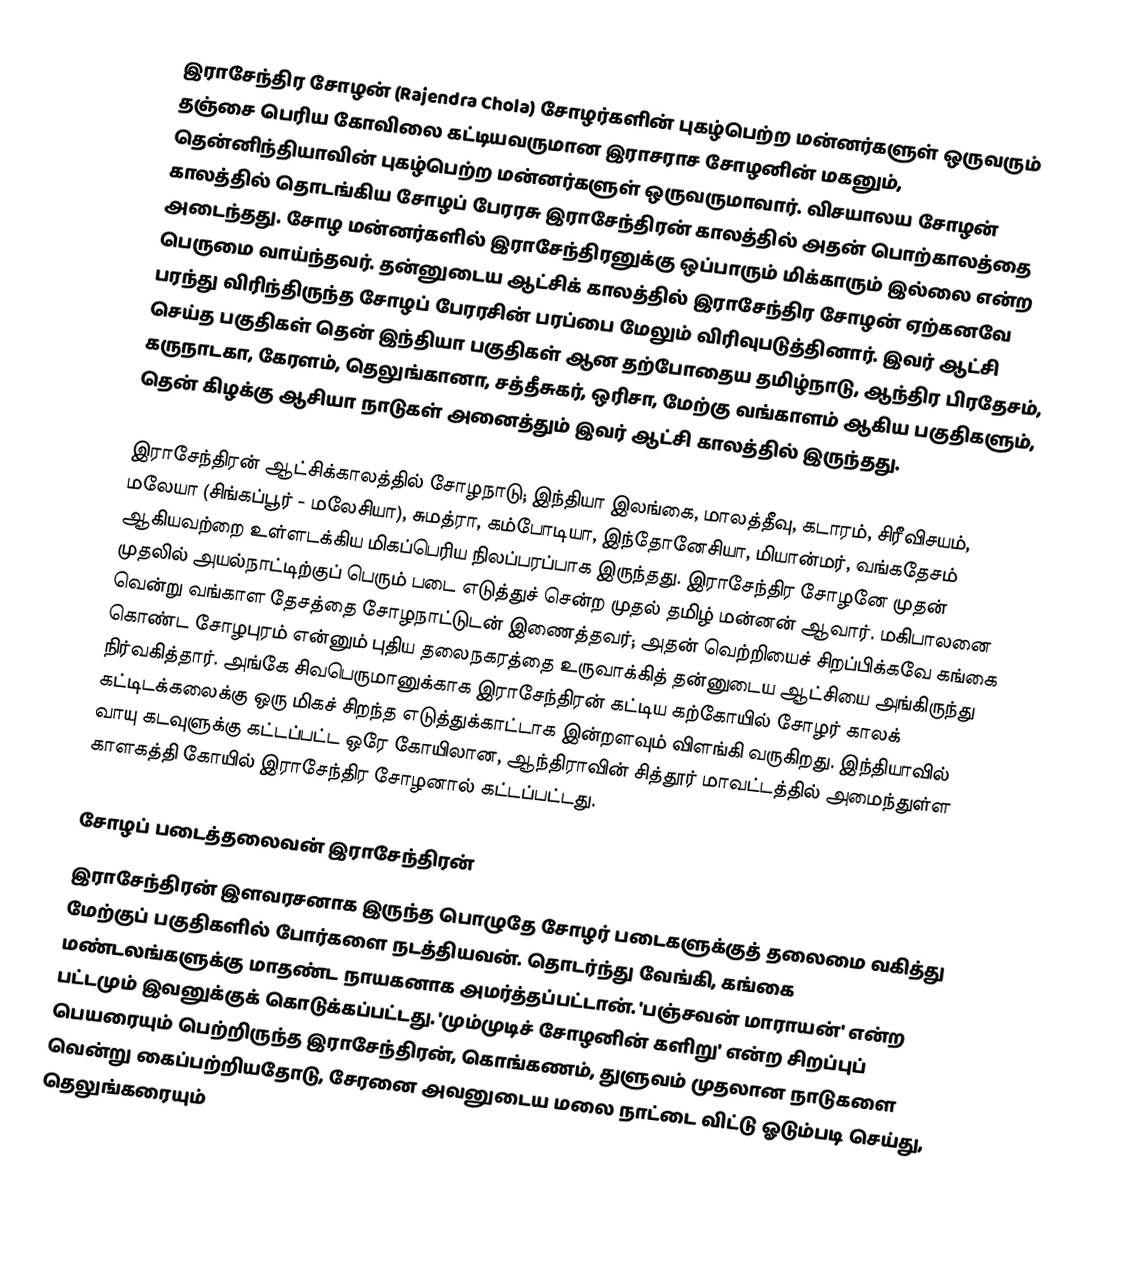
இராசேந்திர சோழன் (Rajendra Chola) சோழர்களின் புகழ்பெற்ற மன்னர்களுள் ஒருவரும் தஞ்சை பெரிய கோவிலை கட்டியவருமான இராசராச சோழனின் மகனும், தென்னிந்தியாவின் புகழ்பெற்ற மன்னர்களுள் ஒருவருமாவார். விசயாலய சோழன் காலத்தில் தொடங்கிய சோழப் பேரரசு இராசேந்திரன் காலத்தில் அதன் பொற்காலத்தை அடைந்தது. சோழ மன்னர்களில் இராசேந்திரனுக்கு ஒப்பாரும் மிக்காரும் இல்லை என்ற பெருமை வாய்ந்தவர். தன்னுடைய ஆட்சிக் காலத்தில் இராசேந்திர  சோழன் ஏற்கனவே பரந்து விரிந்திருந்த சோழப் பேரரசின் பரப்பை மேலும் விரிவுபடுத்தினார். இவர் ஆட்சி செய்த பகுதிகள் தென் இந்தியா பகுதிகள் ஆன தற்போதைய தமிழ்நாடு, ஆந்திர பிரதேசம், கருநாடகா, கேரளம், தெலுங்கானா, சத்தீசுகர், ஒரிசா, மேற்கு வங்காளம் ஆகிய பகுதிகளும், தென் கிழக்கு ஆசியா நாடுகள் அனைத்தும் இவர் ஆட்சி காலத்தில் இருந்தது.

இராசேந்திரன் ஆட்சிக்காலத்தில் சோழநாடு; இந்தியா இலங்கை, மாலத்தீவு, கடாரம், சிரீவிசயம், மலேயா (சிங்கப்பூர் - மலேசியா), சுமத்ரா, கம்போடியா, இந்தோனேசியா, மியான்மர், வங்கதேசம் ஆகியவற்றை உள்ளடக்கிய மிகப்பெரிய நிலப்பரப்பாக இருந்தது. இராசேந்திர சோழனே முதன் முதலில் அயல்நாட்டிற்குப் பெரும் படை எடுத்துச் சென்ற முதல் தமிழ் மன்னன் ஆவார். மகிபாலனை வென்று வங்காள தேசத்தை சோழநாட்டுடன் இணைத்தவர்; அதன் வெற்றியைச் சிறப்பிக்கவே கங்கை கொண்ட சோழபுரம் என்னும் புதிய தலைநகரத்தை உருவாக்கித் தன்னுடைய ஆட்சியை அங்கிருந்து நிர்வகித்தார். அங்கே சிவபெருமானுக்காக இராசேந்திரன் கட்டிய கற்கோயில் சோழர் காலக் கட்டிடக்கலைக்கு ஒரு மிகச் சிறந்த எடுத்துக்காட்டாக இன்றளவும் விளங்கி வருகிறது. இந்தியாவில் வாயு கடவுளுக்கு கட்டப்பட்ட ஒரே கோயிலான, ஆந்திராவின் சித்தூர் மாவட்டத்தில் அமைந்துள்ள காளகத்தி கோயில் இராசேந்திர சோழனால் கட்டப்பட்டது.

சோழப் படைத்தலைவன் இராசேந்திரன்
இராசேந்திரன் இளவரசனாக இருந்த பொழுதே சோழர் படைகளுக்குத் தலைமை வகித்து மேற்குப் பகுதிகளில் போர்களை நடத்தியவன். தொடர்ந்து வேங்கி, கங்கை மண்டலங்களுக்கு மாதண்ட நாயகனாக அமர்த்தப்பட்டான். 'பஞ்சவன் மாராயன்' என்ற பட்டமும் இவனுக்குக் கொடுக்கப்பட்டது. 'மும்முடிச் சோழனின் களிறு' என்ற சிறப்புப் பெயரையும் பெற்றிருந்த இராசேந்திரன், கொங்கணம், துளுவம் முதலான நாடுகளை வென்று கைப்பற்றியதோடு, சேரனை அவனுடைய மலை நாட்டை விட்டு ஓடும்படி செய்து, தெலுங்கரையும்